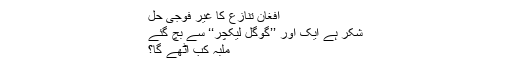
افغان تنازع کا غیر فوجی حل
شکر ہے ایک اور ’’گوگل لیکچر‘‘ سے بچ گئے
ملبہ کب اُٹھے گا؟